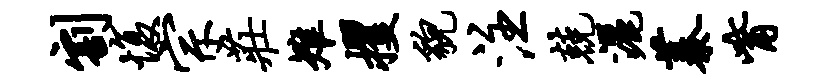
割愎宗庄雉攫貌注兢洒蓁觜